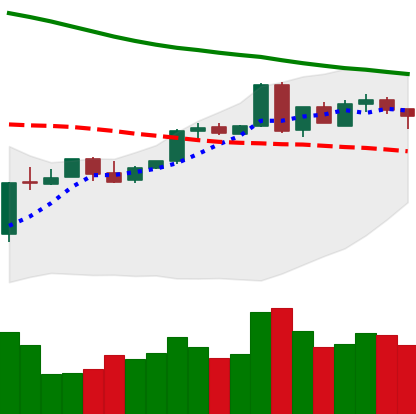
Ticker: BTC-USD
Chart end date: 2018-05-01
Forward return: 5.876%
Label: up_5_7